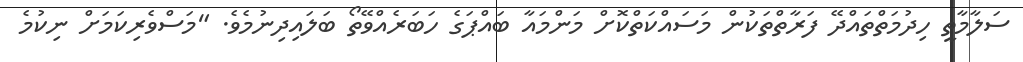
ސަލާމާތީ ހިދުމަތްތައްދޭ ފަރާތްތަކުން މަސައްކަތްކޮށް މަންމައާ ބައްޕަގެ ހަބަރެއްވޭތޯ ބަލައިދިނުމެވެ. "މަސްވެރިކަމަށް ނިކުމެ